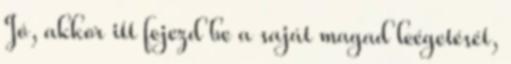
Jó, akkor itt fejezd be a saját magad leégetését,